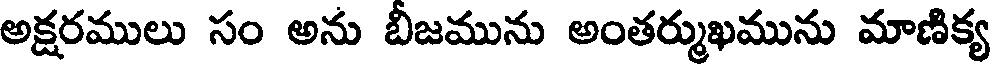
అక్షరములు సం అను బీజమును అంతర్ముఖమును మాణిక్య